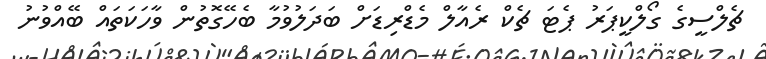
ޗެލްސީގެ ގޯލްކީޕަރު ޕެޓަ ޗެކް ރެއާލް މެޑްރިޑަށް ބަދަލުވުމާ ބެހޭގޮތުން ވާހަކަތައް ބޭއްވުނު